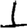
Digit: 1